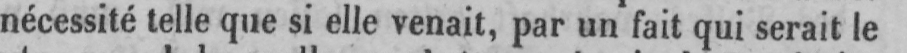
nécessité telle que si elle venait, par un fait qui serait le